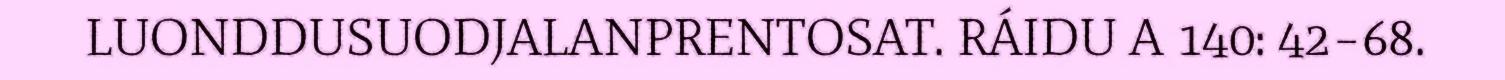
LUONDDUSUODJALANPRENTOSAT. RÁIDU A 140: 42–68.